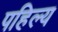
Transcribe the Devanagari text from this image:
पहिल्य